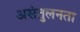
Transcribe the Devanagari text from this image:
असंतुलनता